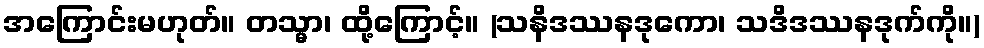
အကြောင်းမဟုတ်။ တသ္မာ၊ ထို့ကြောင့်။ (သနိဒဿနဒုကော၊ သဒိဒဿနဒုက်ကို။)